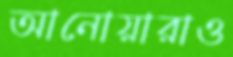
আনোয়ারাও